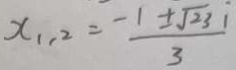
x _ { 1 , 2 } = \frac { - 1 \pm \sqrt { 2 3 } i } { 3 }